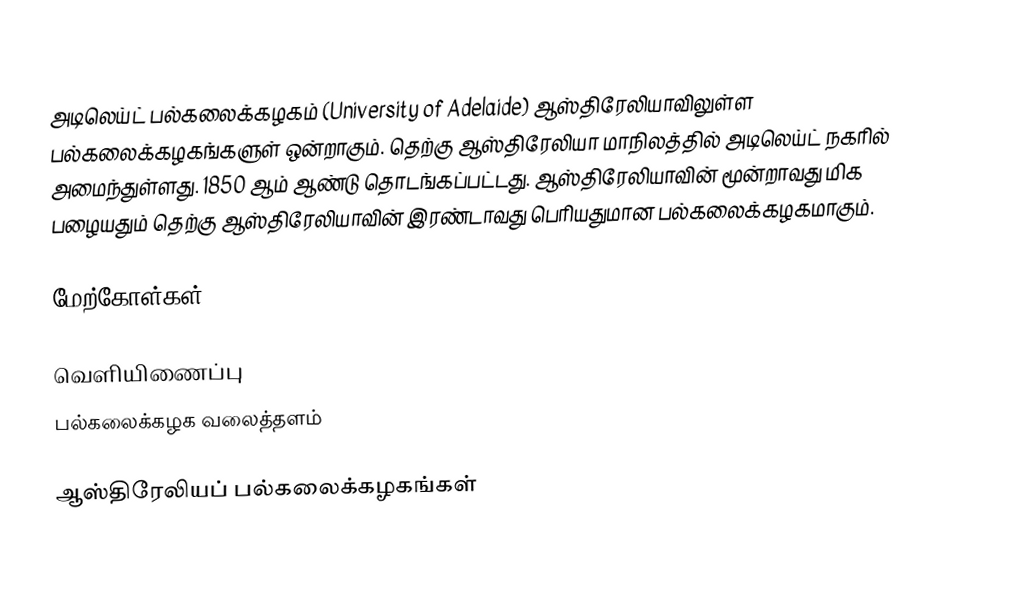
அடிலெய்ட் பல்கலைக்கழகம் (University of Adelaide) ஆஸ்திரேலியாவிலுள்ள பல்கலைக்கழகங்களுள் ஒன்றாகும். தெற்கு ஆஸ்திரேலியா மாநிலத்தில் அடிலெய்ட் நகரில் அமைந்துள்ளது. 1850 ஆம் ஆண்டு தொடங்கப்பட்டது. ஆஸ்திரேலியாவின் மூன்றாவது மிக பழையதும் தெற்கு ஆஸ்திரேலியாவின் இரண்டாவது பெரியதுமான பல்கலைக்கழகமாகும்.

மேற்கோள்கள்

வெளியிணைப்பு
 பல்கலைக்கழக வலைத்தளம்

ஆஸ்திரேலியப் பல்கலைக்கழகங்கள்